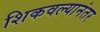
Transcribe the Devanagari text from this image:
शिकवल्यानंतर